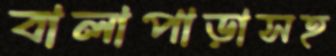
বালাপাড়াসহ